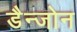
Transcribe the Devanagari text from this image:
डैन्जोन